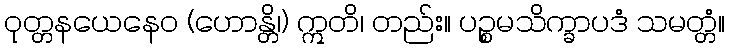
ဝုတ္တနယေနေဝ (ဟောန္တိ၊) ဣတိ၊ တည်း။ ပဉ္စမသိက္ခာပဒံ သမတ္တံ။